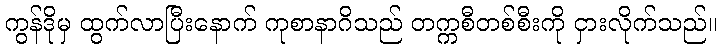
ကွန်ဒိုမှ ထွက်လာပြီးနောက် ကုစာနာဂိသည် တက္ကစီတစ်စီးကို ငှားလိုက်သည်။